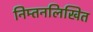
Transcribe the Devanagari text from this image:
निम्तनलिखित